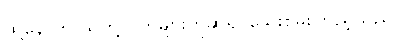
ထို့နောက် သူတို့လက်များကိုဆွဲ၍ သွေးစမ်းကြည့်သည်။